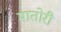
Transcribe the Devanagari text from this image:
मातोरी